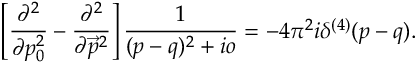
\left[ \frac { \partial ^ { 2 } } { \partial p _ { 0 } ^ { 2 } } - \frac { \partial ^ { 2 } } { \partial \vec { p } ^ { 2 } } \right] \frac { 1 } { ( p - q ) ^ { 2 } + i o } = - 4 \pi ^ { 2 } i \delta ^ { ( 4 ) } ( p - q ) .